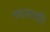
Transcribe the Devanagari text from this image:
नवजाग्रति